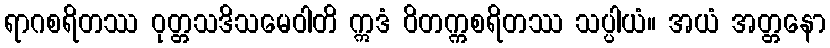
ရာဂစရိတဿ ဝုတ္တသဒိသမေဝါတိ ဣဒံ ဝိတက္ကစရိတဿ သပ္ပါယံ။ အယံ အတ္တနော